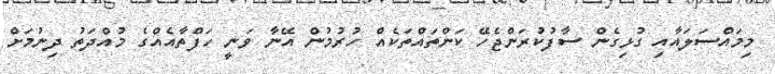
މިމައްސަލައާއި ގުޅިގެން ސާފުކުރަންޖެހޭ ކަންތައްތަކެއް ހުރުމުން އޭނާ ވަނީ ހަފްތާއެއްގެ މުއްދަތު ދިނުމަށް